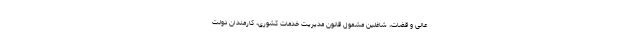
عالی و قضات، شاغلین مشمول قانون مدیریت خدمات کشوری، کارمندان دولت